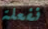
نفعلة